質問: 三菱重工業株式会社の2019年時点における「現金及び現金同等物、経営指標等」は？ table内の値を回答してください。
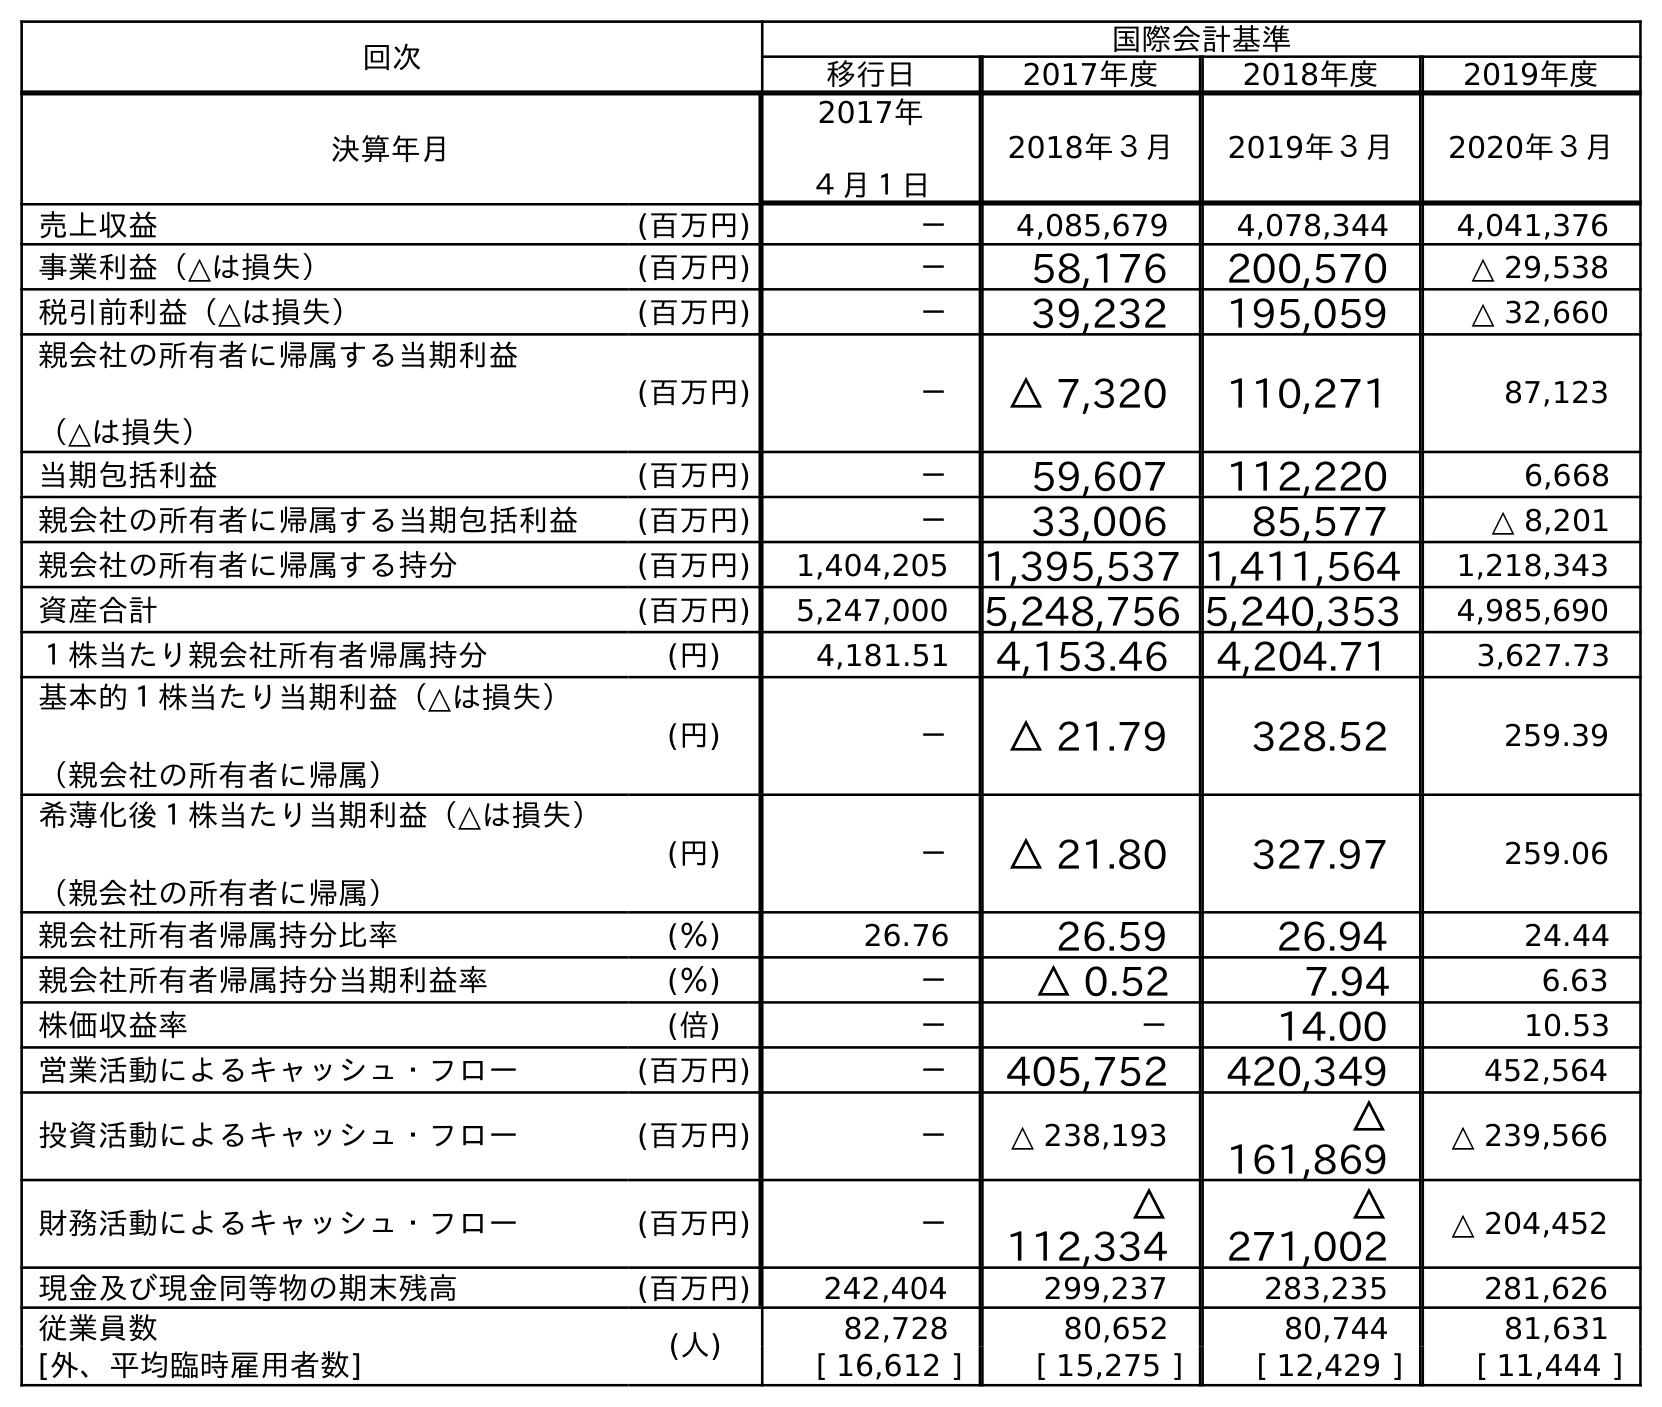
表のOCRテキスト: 回次 国際会計基準 移行日 2017年度 2018年度 2019年度 決算年月 2017年 ４月１日 2018年３月 2019年３月 2020年３月 売上収益 (百万円) － 4,085,679 4,078,344 4,041,376 事業利益（△は損失） (百万円) － 58,176 200,570 △ 29,538 税引前利益（△は損失） (百万円) － 39,232 195,059 △ 32,660 親会社の所有者に帰属する当期利益 （△は損失） (百万円) － △ 7,320 110,271 87,123 当期包括利益 (百万円) － 59,607 112,220 6,668 親会社の所有者に帰属する当期包括利益 (百万円) － 33,006 85,577 △ 8,201 親会社の所有者に帰属する持分 (百万円) 1,404,205 1,395,537 1,411,564 1,218,343 資産合計 (百万円) 5,247,000 5,248,756 5,240,353 4,985,690 １株当たり親会社所有者帰属持分 (円) 4,181.51 4,153.46 4,204.71 3,627.73 基本的１株当たり当期利益（△は損失） （親会社の所有者に帰属） (円) － △ 21.79 328.52 259.39 希薄化後１株当たり当期利益（△は損失） （親会社の所有者に帰属） (円) － △ 21.80 327.97 259.06 親会社所有者帰属持分比率 (％) 26.76 26.59 26.94 24.44 親会社所有者帰属持分当期利益率 (％) － △ 0.52 7.94 6.63 株価収益率 (倍) － － 14.00 10.53 営業活動によるキャッシュ・フロー (百万円) － 405,752 420,349 452,564 投資活動によるキャッシュ・フロー (百万円) － △ 238,193 △ 161,869 △ 239,566 財務活動によるキャッシュ・フロー (百万円) － △ 112,334 △ 271,002 △ 204,452 現金及び現金同等物の期末残高 (百万円) 242,404 299,237 283,235 281,626 従業員数 (人) 82,728 80,652 80,744 81,631 [外、平均臨時雇用者数] [ 16,612 ] [ 15,275 ] [ 12,429 ] [ 11,444 ]
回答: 283,235